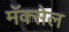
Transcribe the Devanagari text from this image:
मॅक्‍सेल